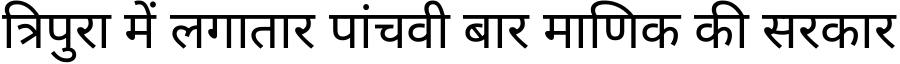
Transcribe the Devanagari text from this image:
त्रिपुरा में लगातार पांचवी बार माणिक की सरकार